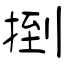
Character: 捯